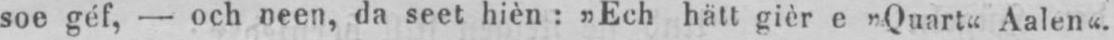
soe géf, - och neen, da seet hièn: „Ech hätt gièr e „Quart“ Aalen“.